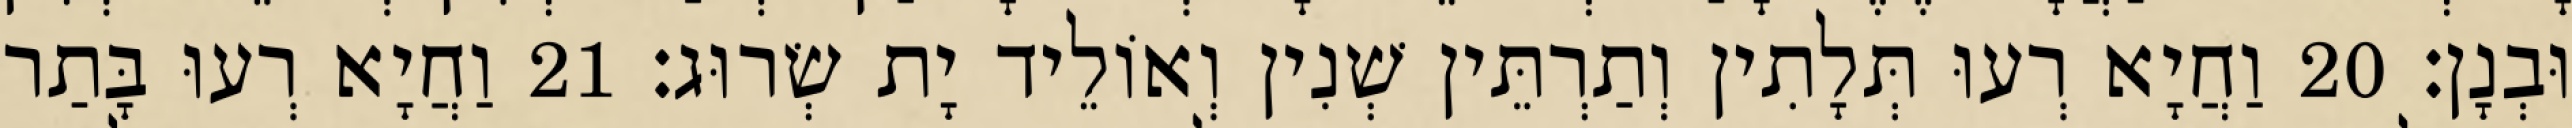
וּבְנָן׃ 20 וַחֲיָא רְעוּ תְּלָתִין וְתַרְתֵּין שְׁנִין וְאוֹלֵיד יָת שְׂרוּג׃ 21 וַחֲיָא רְעוּ בָּתַר